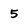
Character: 5